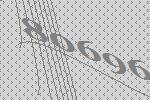
80696